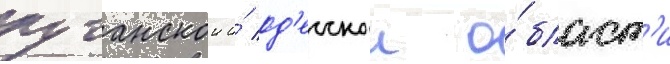
луганскои и́ од'есскои о́бласт'и